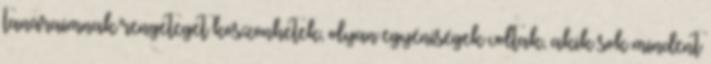
tanáraimnak rengeteget köszönhetek, olyan egyéniségek voltak, akik sok mindent